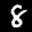
Label: 8